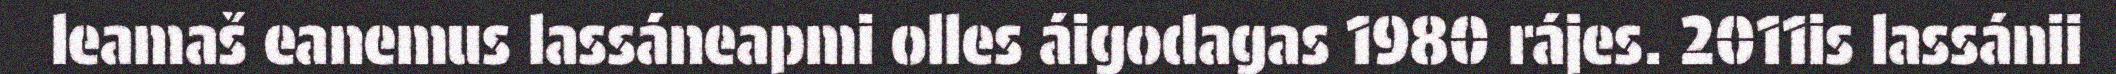
leamaš eanemus lassáneapmi olles áigodagas 1980 rájes. 2011is lassánii